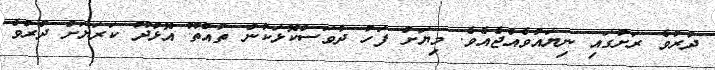
ދުރުވެ ރަށުގައި ނިޔައުވެއްޖެއެވެ. މިޔަށް ފަހު ދުވަސްކޮޅަކުން ތުއްތޫ އޮޅުދޫ ކަރަޔަށް ދުރުވެ